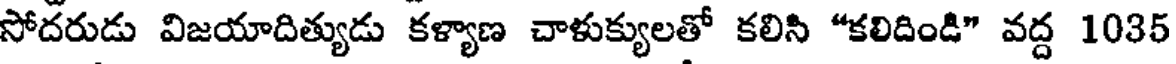
సోదరుడు విజయాదిత్యుడు కళ్యాణ చాళుక్యులతో కలిని "కలిదిండి" వద్ద 1035